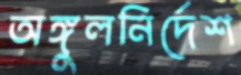
অঙ্গুলনির্দেশ